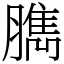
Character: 臇